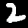
Label: 2